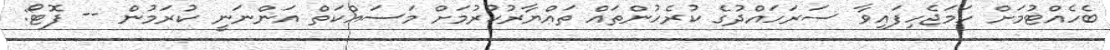
ބެހެއްޓުމަށް ހަމަޖެހިފައިވާ ސަރަހައްދުގެ ކުރެހުންތައް ތައްޔާރުކުރުމަށް މަސައްކަތް އަންނަނީ ކުރަމުން -- ފޮޓޯ: